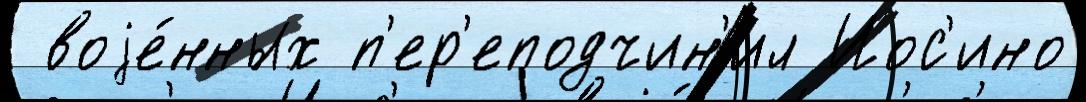
 воjе́нных п'ер'еподчин'ил Иос'ино